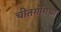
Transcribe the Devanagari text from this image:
चीतगोंगचा